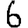
Digit: 6